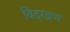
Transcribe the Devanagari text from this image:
विदरव्रण